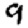
Digit: 9